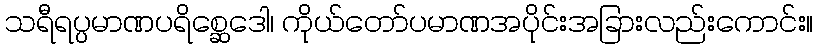
သရီရပ္ပမာဏပရိစ္ဆေဒေါ၊ ကိုယ်တော်ပမာဏအပိုင်းအခြားလည်းကောင်း။